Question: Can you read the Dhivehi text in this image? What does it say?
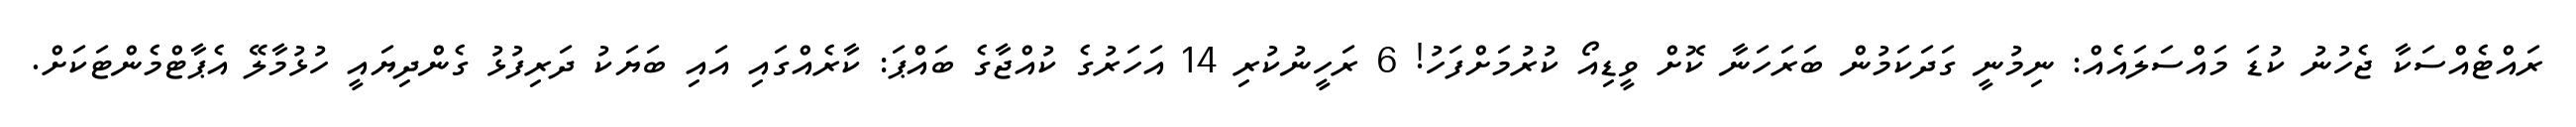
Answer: ރައްޓެއްސަކާ ޖެހުނު ކުޑަ މައްސަލައެއް: ނިމުނީ ގަދަކަމުން ބަރަހަނާ ކޮށް ވީޑިއޯ ކުރުމަށްފަހު! 6 ރަހީނުކުރި 14 އަހަރުގެ ކުއްޖާގެ ބައްޕަ: ކާރެއްގައި އައި ބަޔަކު ދަރިފުޅު ގެންދިޔައީ ހުޅުމާލޭ އެޕާޓްމެންޓަކަށް.